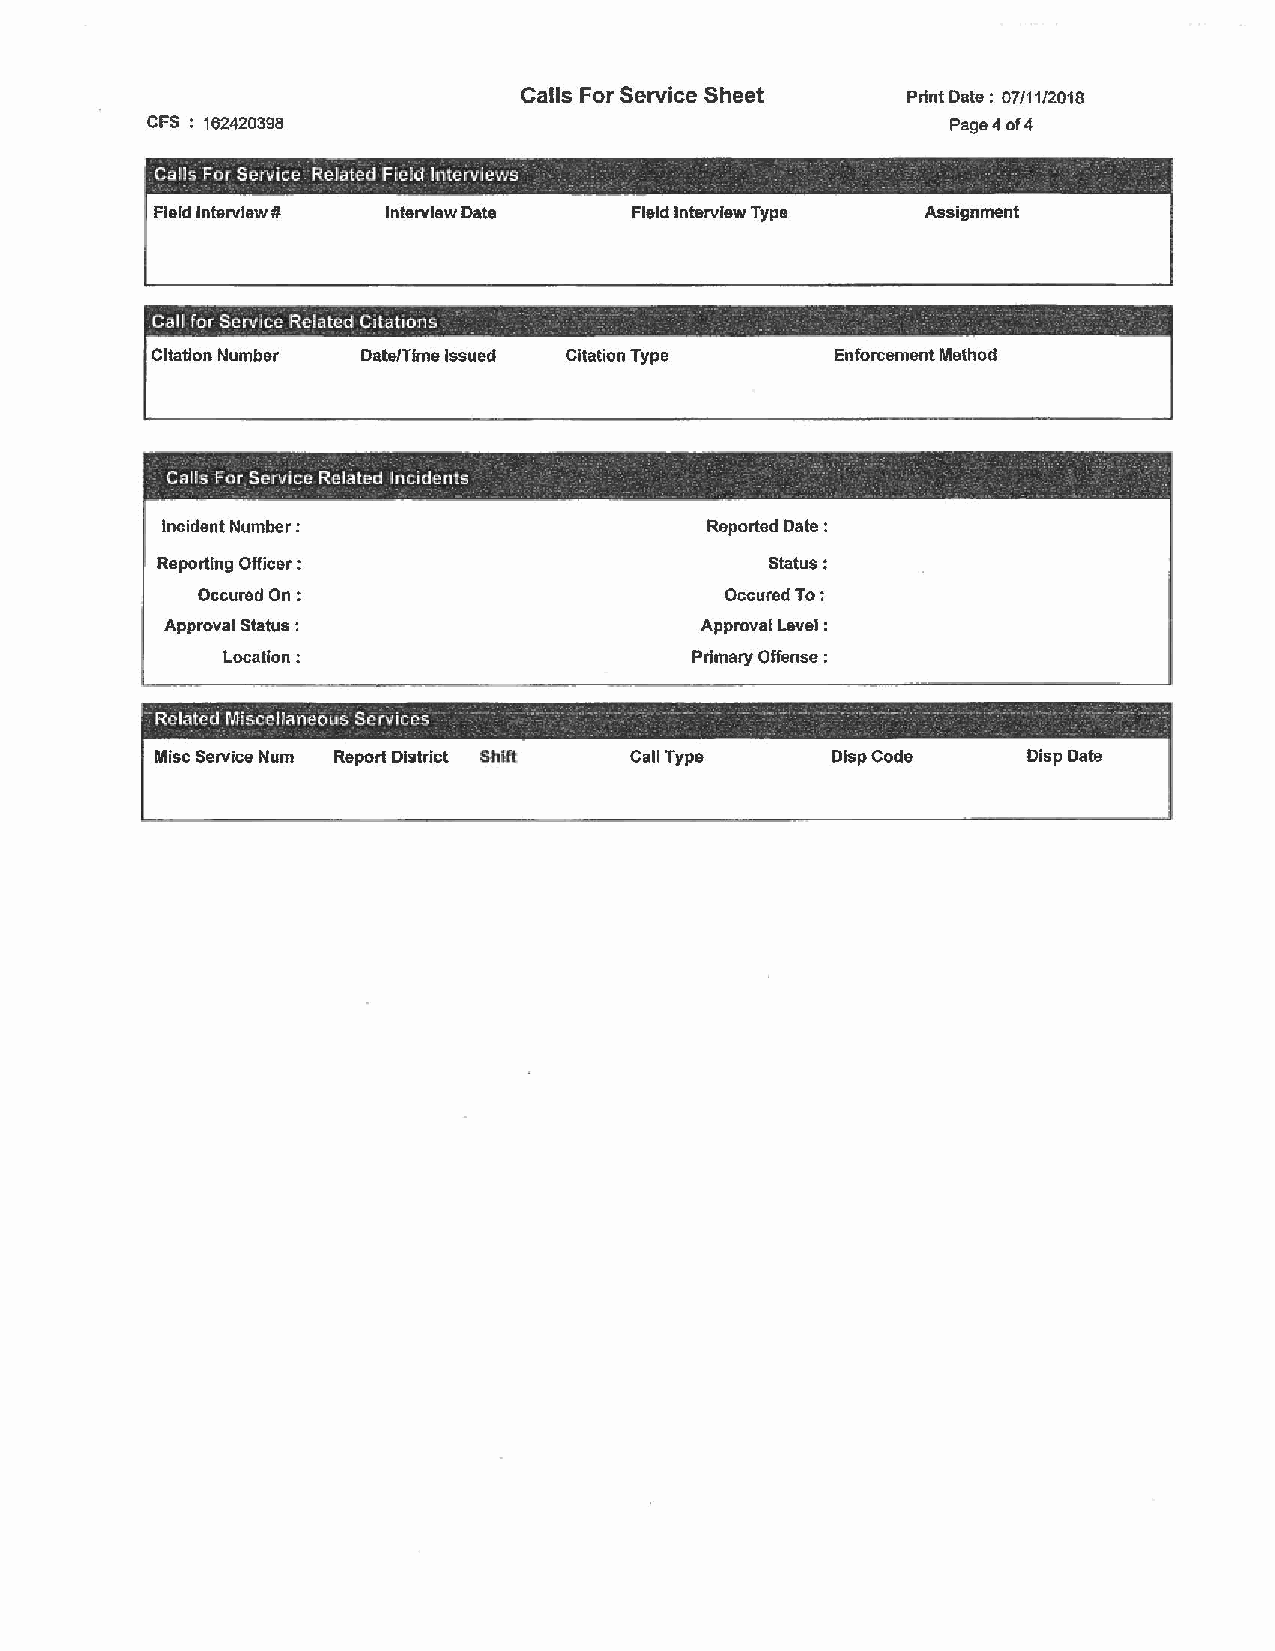
Calls For Service Sheet   Print Date : 07/11/2018
 CFS : 162420398                                      Page 4 of4
 -  -     -
 Ca!'ls For Service Related Field lntervlevvs .                    -
 Field Interview # Interview Date Field Interview Type Assignment
 -              -
 Call for Service Related Citations . ·  .
 ' Citation Number Date/Time Issued Citation Type Enforcement Method
 --    -          -            -        - --    - -             -
 .                     .
 Calls For Service Related Incidents ,  .
 -                               .   .
 -                      -
 Incident Number :                   Reported Date :
 Reporting Officer :                      Status:
 Occured On:                        Occured To:
 Approval Status :                  Approval Level :
 Location:                      Primary Offense :
 -Related MfsccHaneous Services ·· · · · · ·- · · · · · · - -    -  ·-
 Misc Service Num Report District Shift Call Type DispCode Disp Date